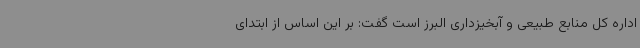
اداره کل منابع طبیعی و آبخیزداری البرز است گفت: بر این اساس از ابتدای